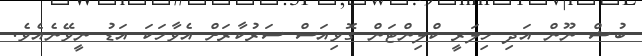
ބުޝް ނޫން އަދި ހިލަރީ ކްލިންޓަން ގޮވިއަސް ސަރުކާރަށް އެވާހަކަ އަޑު ނީވޭނެއެވެ.